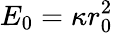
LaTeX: E_{0}=\kappa r_{0}^{2}